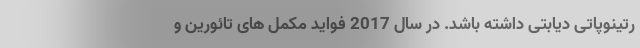
رتینوپاتی دیابتی داشته باشد. در سال 2017 فواید مکمل های تائورین و